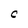
Character: C